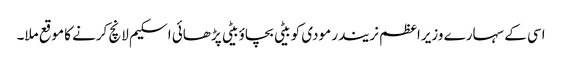
اسی کے سہارے وزیراعظم نریندر مودی کو بیٹی بچاؤ بیٹی پڑھائی اسکیم لانچ کرنے کا موقع ملا۔